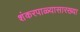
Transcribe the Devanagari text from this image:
शंकरपाळ्यासारख्या